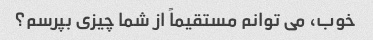
خوب، می توانم مستقیماً از شما چیزی بپرسم؟